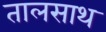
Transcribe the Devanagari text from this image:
तालसाथ